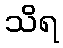
သိရ